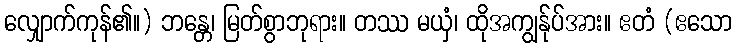
လျှောက်ကုန်၏။) ဘန္တေ၊ မြတ်စွာဘုရား။ တဿ မယှံ၊ ထိုအကျွန်ုပ်အား။ ဧတံ (ဧသော